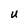
Character: u